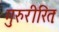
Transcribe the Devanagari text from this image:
गुरुरीरितः